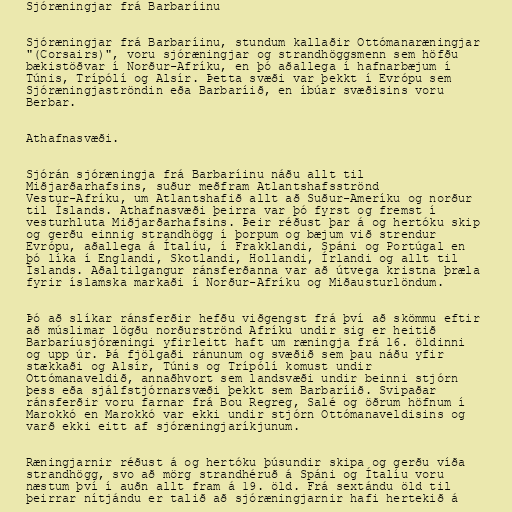
Sjóræningjar frá Barbaríinu

Sjóræningjar frá Barbaríinu, stundum kallaðir Ottómanaræningjar
"(Corsairs)", voru sjóræningjar og strandhöggsmenn sem höfðu
bækistöðvar í Norður-Afríku, en þó aðallega í hafnarbæjum í
Túnis, Trípólí og Alsír. Þetta svæði var þekkt í Evrópu sem
Sjóræningjaströndin eða Barbaríið, en íbúar svæðisins voru
Berbar.

Athafnasvæði.

Sjórán sjóræningja frá Barbaríinu náðu allt til
Miðjarðarhafsins, suður meðfram Atlantshafsströnd
Vestur-Afríku, um Atlantshafið allt að Suður-Ameríku og norður
til Íslands. Athafnasvæði þeirra var þó fyrst og fremst í
vesturhluta Miðjarðarhafsins. Þeir réðust þar á og hertóku skip
og gerðu einnig strandhögg í þorpum og bæjum við strendur
Evrópu, aðallega á Ítalíu, í Frakklandi, Spáni og Portúgal en
þó líka í Englandi, Skotlandi, Hollandi, Írlandi og allt til
Íslands. Aðaltilgangur ránsferðanna var að útvega kristna þræla
fyrir íslamska markaði í Norður-Afríku og Miðausturlöndum.

Þó að slíkar ránsferðir hefðu viðgengst frá því að skömmu eftir
að múslimar lögðu norðurströnd Afríku undir sig er heitið
Barbaríusjóræningi yfirleitt haft um ræningja frá 16. öldinni
og upp úr. Þá fjölgaði ránunum og svæðið sem þau náðu yfir
stækkaði og Alsír, Túnis og Trípólí komust undir
Ottómanaveldið, annaðhvort sem landsvæði undir beinni stjórn
þess eða sjálfstjórnarsvæði þekkt sem Barbaríið. Svipaðar
ránsferðir voru farnar frá Bou Regreg, Salé og öðrum höfnum í
Marokkó en Marokkó var ekki undir stjórn Ottómanaveldisins og
varð ekki eitt af sjóræningjaríkjunum.

Ræningjarnir réðust á og hertóku þúsundir skipa og gerðu víða
strandhögg, svo að mörg strandhéruð á Spáni og Ítalíu voru
næstum því í auðn allt fram á 19. öld. Frá sextándu öld til
þeirrar nítjándu er talið að sjóræningjarnir hafi hertekið á